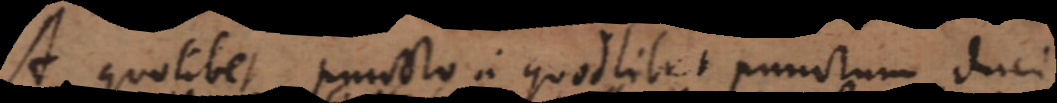
A quolibet puncto in quodlibet punctum duci